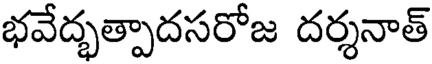
భవేద్భత్పాదసరోజ దర్శనాత్